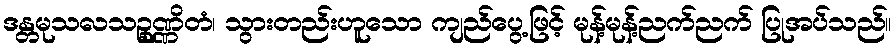
ဒန္တမုသလသဉ္စုဏ္ဏိတံ၊ သွားတည်းဟူသော ကျည်ပွေ့ဖြင့် မုန့်မုန့်ညက်ညက် ပြုအပ်သည်။